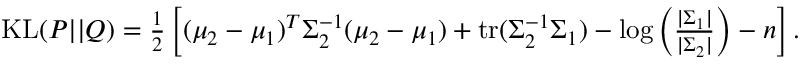
\begin{array} { r } { \mathrm { K L } ( P | | Q ) = \frac { 1 } { 2 } \left[ ( \mu _ { 2 } - \mu _ { 1 } ) ^ { T } \Sigma _ { 2 } ^ { - 1 } ( \mu _ { 2 } - \mu _ { 1 } ) + \mathrm { t r } ( \Sigma _ { 2 } ^ { - 1 } \Sigma _ { 1 } ) - \log \left( \frac { | \Sigma _ { 1 } | } { | \Sigma _ { 2 } | } \right) - n \right] . } \end{array}